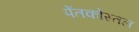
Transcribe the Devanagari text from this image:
पेंतकोस्तल